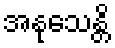
အနုသေန္တိ